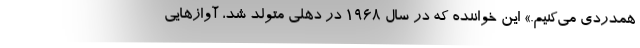
همدردی می‌کنیم.» این خواننده که در سال ۱۹۶۸ در دهلی متولد شد، آوازهایی